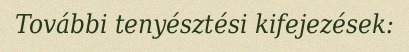
További tenyésztési kifejezések: